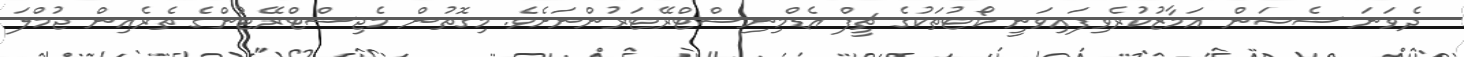
ދެވަނަ ސެޝަން އަމާޒުކުރެވިފައިވަނީ ކޯޓުތަކުގެ ޗީފް އެޑްމިނިސްޓްރޭޓަރުންނަށެވެ. މިގޮތުން މެޖިސްޓްރޭޓުންގެ ތެރެއިން ޖުމްލަ